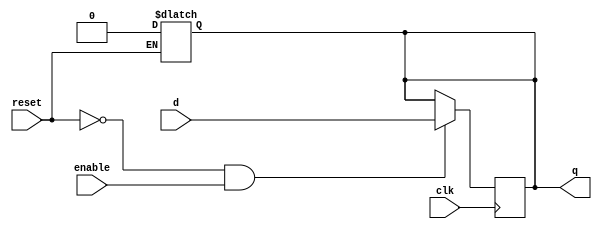
// dffe: D-type flip-flop with enable
//
// q      (output) - Current value of flip flop
// d      (input)  - Next value of flip flop
// clk    (input)  - Clock (positive edge-sensitive)
// enable (input)  - Load new value? (yes = 1, no = 0)
// reset  (input)  - Asynchronous reset   (reset =  1)
//
module dffe(q, d, clk, enable, reset);
    output q;
    reg    q;
    input  d;
    input  clk, enable, reset;
 
    always@(reset)
      if (reset == 1'b1)
        q <= 0;
 
    always@(posedge clk)
      if ((reset == 1'b0) && (enable == 1'b1))
        q <= d;
endmodule // dffe


module i_reader(I, bits, clk, restart);
    output      I;
    input [1:0] bits;
    input       restart, clk;
    wire        sGarbage, sGarbage_next, in000, in111, sBlank, sI, sI_end, sBlank_next, sI_next, sI_end_next;

    assign in000 = bits[1:0] == 3'b00;
    assign in111 = bits[1:0] == 3'b11;
   
    assign sGarbage_next = restart | ((sBlank | sI_end) & ~(in000 | in111)) | ((sGarbage | sI) & ~in000);   // | other condition ... 
    assign sBlank_next = ((sBlank | sGarbage | sI_end) & in000) & ~restart;
    assign sI_next = ((sBlank | sI_end) & in111) & ~restart;
    assign sI_end_next = (sI & in000) & ~restart;

   
    dffe fsGarbage(sGarbage, sGarbage_next, clk, 1'b1, 1'b0);
    dffe fsBlank(sBlank, sBlank_next, clk, 1'b1, 1'b0);
    dffe fsI(sI, sI_next, clk, 1'b1, 1'b0);
    dffe fsI_end(sI_end, sI_end_next, clk, 1'b1, 1'b0);

    assign I = sI_end;
   
   
endmodule // i_reader